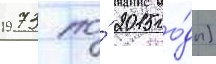
1973 по́ 2015 го́ды)